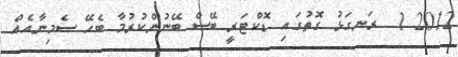
2012 1  ރަނގަޅު ގޮތުގައި ޑޮކްޓަރީ ބޭސް ބޭނުންކުރުމާ ބެހޭ ސެމިނާއެއް